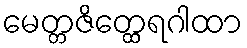
မေတ္တဇိတ္ထေရဂါထာ